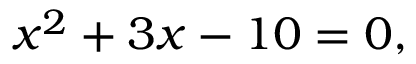
x ^ { 2 } + 3 x - 1 0 = 0 ,